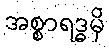
အစ္စာရဒ္ဓမှိ